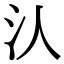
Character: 汄